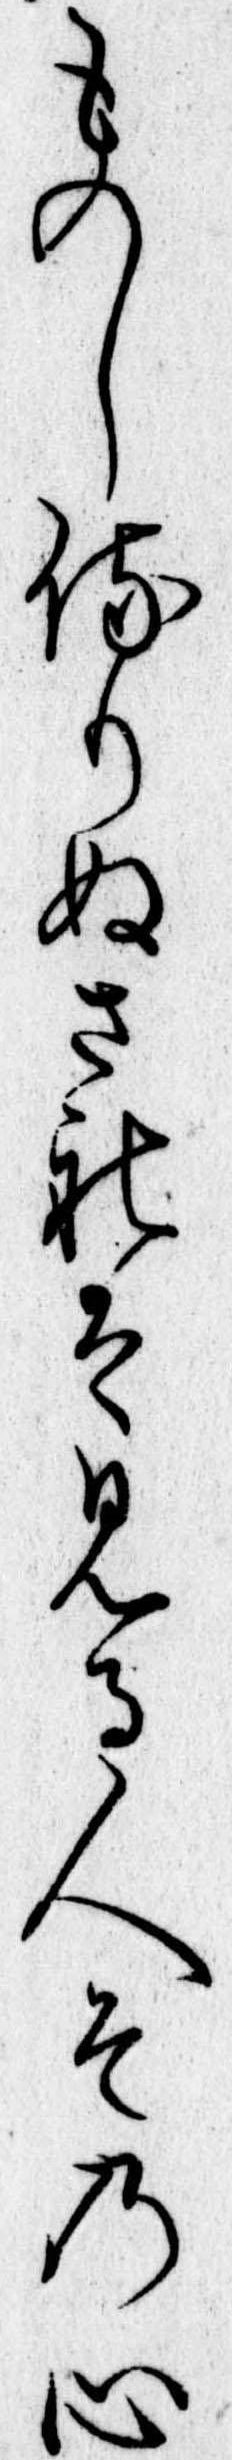
ものし侍りぬされは見る人その心